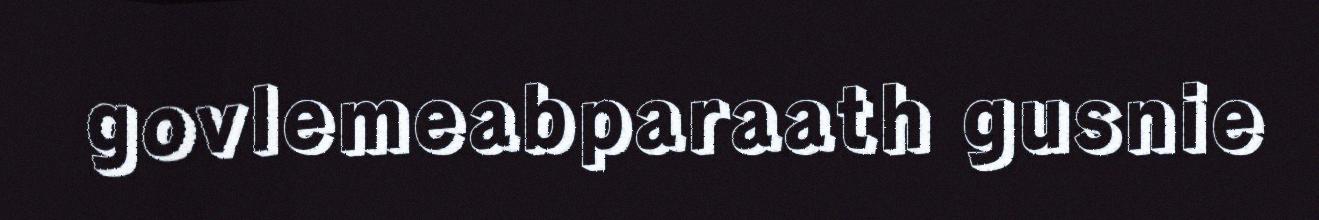
govlemeabparaath gusnie